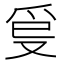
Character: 𤓿